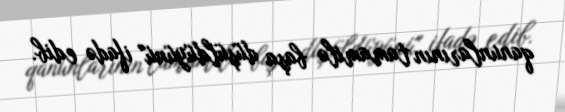
qanunlarının tamamilə başa düşüldüyünü" ifadə edib.